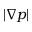
| \nabla p |